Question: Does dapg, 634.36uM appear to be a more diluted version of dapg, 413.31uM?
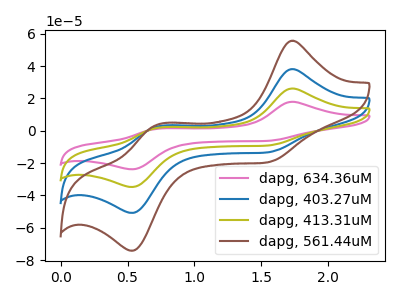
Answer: <think>The pink curve "dapg, 634.36uM" has anodic peaks at (1.70V, 17.85uA) (0.75V, 1.25uA) and cathodic peaks at (1.55V, -6.35uA) (0.55V, -23.85uA). The blue curve "dapg, 403.27uM" has anodic peaks at (1.70V, 52.15uA) (0.75V, 3.65uA) and cathodic peaks at (1.55V, -18.50uA) (0.55V, -69.60uA). The olive curve "dapg, 413.31uM" has anodic peaks at (1.70V, 26.10uA) (0.75V, 1.85uA) and cathodic peaks at (1.55V, -9.25uA) (0.55V, -34.80uA). The brown curve "dapg, 561.44uM" has anodic peaks at (1.70V, 78.25uA) (0.75V, 5.50uA) and cathodic peaks at (1.55V, -27.75uA) (0.55V, -104.40uA).
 All the peaks in "dapg, 634.36uM" have a peak in "dapg, 413.31uM" at the same potential. Every peak in "dapg, 634.36uM" is lower than every peak in "dapg, 413.31uM".</think>
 <answer>"dapg, 634.36uM" has less signal than "dapg, 413.31uM" and so likely has a lower concentration.</answer>
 <eval>less_concentration</eval>